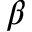
\beta